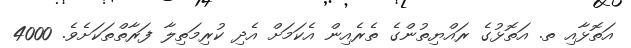
އަތޮޅާއި ތ. އަތޮޅުގެ ރައްޔިތުންގެ ތެރެއިން އެކަމަށް އެދި ކުރިމަތިލާ ފަރާތްތަކަށެވެ. 4000